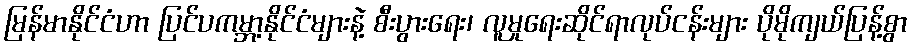
မြန်မာနိုင်ငံဟာ ပြင်ပကမ္ဘာ့နိုင်ငံများနဲ့ စီးပွားရေး၊ လူမှုရေးဆိုင်ရာလုပ်ငန်းများ ပိုမိုကျယ်ပြန့်စွာ